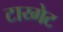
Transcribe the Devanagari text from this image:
टाय्गेट